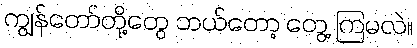
ကျွန်တော်တို့တွေ ဘယ်တော့ တွေ့ ကြမလဲ။